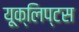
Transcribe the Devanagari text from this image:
यूक्लिप्टस